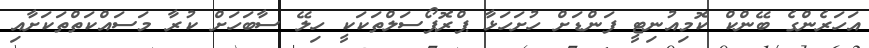
އަހަރެންގެ ބޭންކް ކޮމިއުނިޓީ ފަންޑަށް ހުށަހަޅާ ޕްރޮޕޯސަލްތަކަކީ ހިލޭ ސާބަހަށް ކުރާ މަސައްކަތްތަކަށާއި